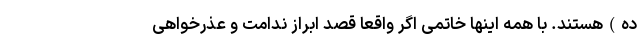
ده)‌هستند. با همه اینها خاتمی اگر واقعا قصد ابراز ندامت و عذرخواهی